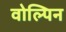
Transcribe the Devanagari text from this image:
वोल्पिन